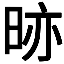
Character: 𭥼